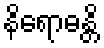
နိရောဓန္တိ